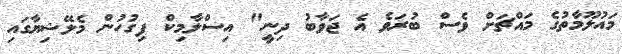
މައުލޫމާތުގެ މައްޗަށް ވެސް ބުރަވެ އެ ޖަވާބު ދިނީ" އިސްލާމިކް ފިގުހުން މެލޭޝިޔާގައި